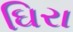
ઘિરા